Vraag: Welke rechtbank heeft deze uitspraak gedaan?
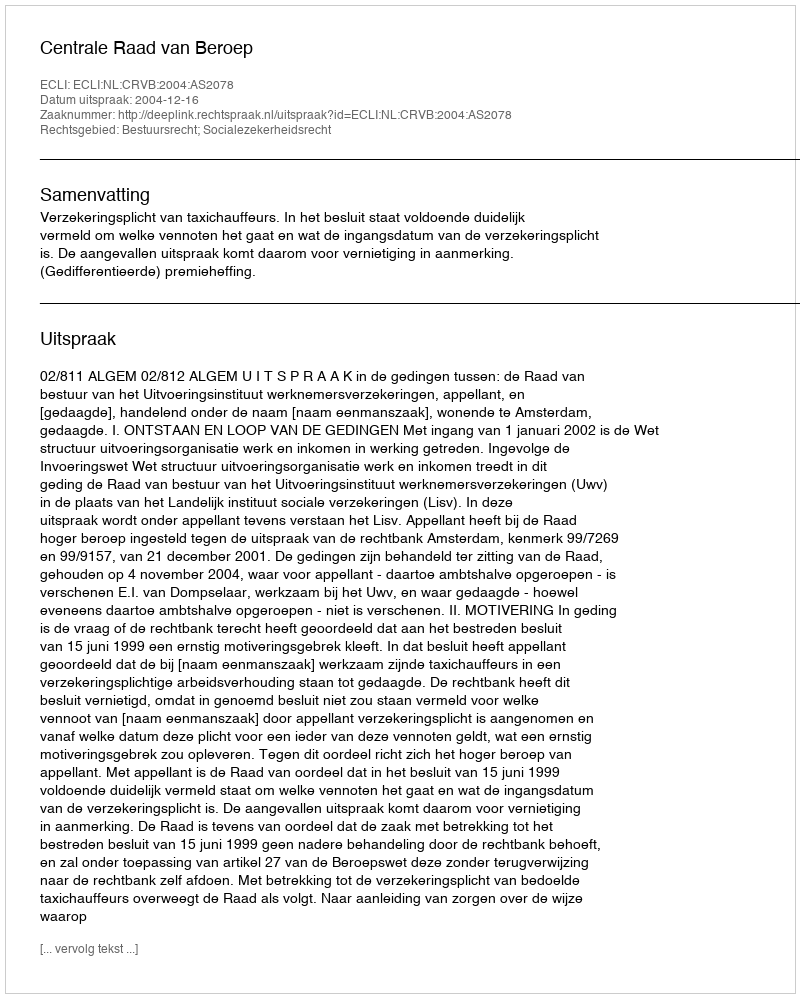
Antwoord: Centrale Raad van Beroep